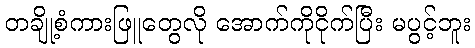
တချို့စံကားဖြူတွေလို အောက်ကိုငိုက်ပြီး မပွင့်ဘူး